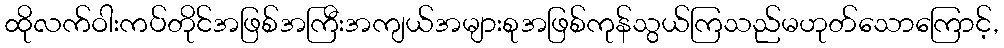
ထိုလက်ဝါးကပ်တိုင်အဖြစ်အကြီးအကျယ်အများစုအဖြစ်ကုန်သွယ်ကြသည်မဟုတ်သောကြောင့်,